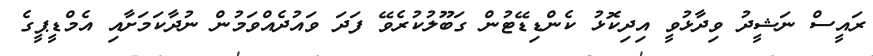
ރައީސް ނަޝީދު ވިދާޅުވީ އިދިކޮޅު ކެންޑިޑޭޓުން ގަބޫލުކުރެވޭ ފަދަ ވައުދެއްވަމުން ނުދާކަމަށާއި އެމްޑީޕީގެ